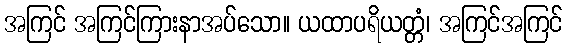
အကြင် အကြင်ကြားနာအပ်သော။ ယထာပရိယတ္တံ၊ အကြင်အကြင်